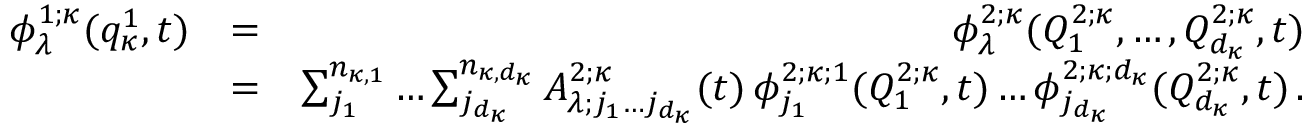
\begin{array} { r l r } { \phi _ { \lambda } ^ { 1 ; \kappa } ( q _ { \kappa } ^ { 1 } , t ) } & { = } & { \phi _ { \lambda } ^ { 2 ; \kappa } ( Q _ { 1 } ^ { 2 ; \kappa } , \ldots , Q _ { d _ { \kappa } } ^ { 2 ; \kappa } , t ) } \\ & { = } & { \sum _ { j _ { 1 } } ^ { n _ { \kappa , 1 } } \ldots \sum _ { j _ { d _ { \kappa } } } ^ { n _ { \kappa , d _ { \kappa } } } A _ { \lambda ; j _ { 1 } \ldots j _ { d _ { \kappa } } } ^ { 2 ; \kappa } ( t ) \, \phi _ { j _ { 1 } } ^ { 2 ; \kappa ; 1 } ( Q _ { 1 } ^ { 2 ; \kappa } , t ) \ldots \phi _ { j _ { d _ { \kappa } } } ^ { 2 ; \kappa ; d _ { \kappa } } ( Q _ { d _ { \kappa } } ^ { 2 ; \kappa } , t ) \, . } \end{array}